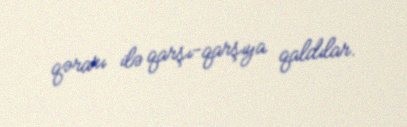
qərarı ilə qarşı-qarşıya qaldılar.